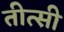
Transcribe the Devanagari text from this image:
तीत्सी